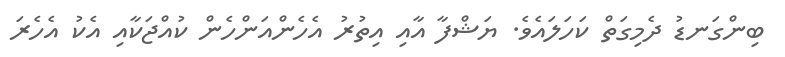
ބިންގަނޑު ދެމިގަތް ކަހަލައެވެ. ޔަޝްފާ އާއި އިތުރު އެހެންއަންހެން ކުއްޖަކާއި އެކު އެހެރަ